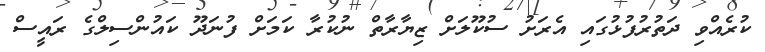
ކުރެއްވި ދަތުރުފުޅުގައި އެރަށު ސުކޫލަށް ޒިޔާރާތް ނުކުރާ ކަމަށް ފުނަދޫ ކައުންސިލްގެ ރައީސް